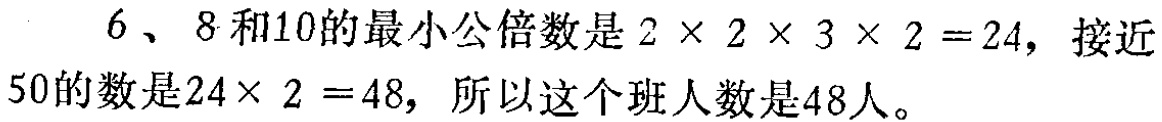
$6、8$和$10$的最小公倍数是$2\times 2\times 3\times 2 = 24$，接近$50$的数是$24\times 2 = 48$，所以这个班人数是$48$人。